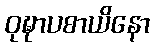
ဝုဍ္ဎာပစာယိနော